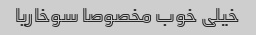
خیلی خوب مخصوصا سوخاریا